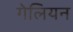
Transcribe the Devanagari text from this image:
गेलियन